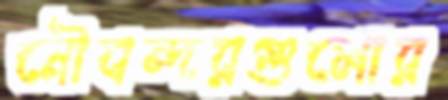
নৌবন্দরগুলোর